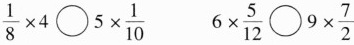
$$\frac{1}{8}\times 4 \bigcirc 5 \times \frac{1}{10}$$ $$6 \times \frac{5}{12} \bigcirc 9 \times \frac{7}{2}$$